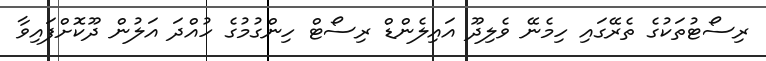
ރިސޯޓުތަކުގެ ތެރޭގައި ހިމެނޭ ވެލިދޫ އައިލެންޑް ރިސޯޓް ހިންގުމުގެ ހުއްދަ އަލުން ދޫކޮށްފައިވާ